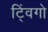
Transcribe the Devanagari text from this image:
ट्विंगो